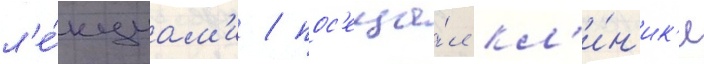
л'е́кциам'и / пос'еща́л кл'и́н'ик'и